On kala azar, malaria and malarial cachexia - Number 19
Disease focus: Malaria
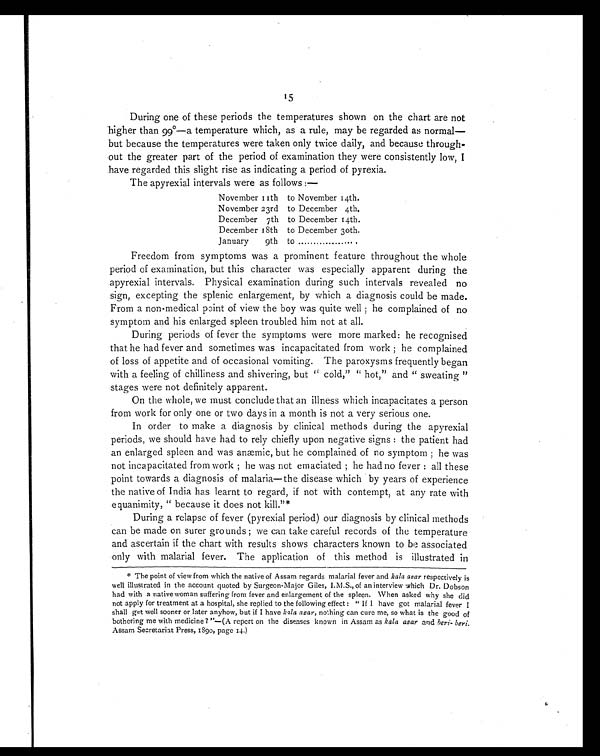
15
During one of these periods the temperatures shown on the chart are not
higher than 99°—a temperature which, as a rule, may be regarded as normal—
but because the temperatures were taken only twice daily, and because through-
out the greater part of the period of examination they were consistently low, I
have regarded this slight rise as indicating a period of pyrexia.
The apyrexial intervals were as follows :—
November 11th to November 14th.
November 23rd to December 4th.
December 7th to December 14th.
December 18th to December 30th.
January 9th to
. . . . . . . . . . . . . . . . . . .
Freedom from symptoms was a prominent feature throughout the whole
period of examination, but this character was especially apparent during the
apyrexial intervals. Physical examination during such intervals revealed no
sign, excepting the splenic enlargement, by which a diagnosis could be made.
From a non-medical point of view the boy was quite well ; he complained of no
symptom and his enlarged spleen troubled him not at all.
During periods of fever the symptoms were more marked: he recognised
that he had fever and sometimes was incapacitated from work ; he complained
of loss of appetite and of occasional vomiting. The paroxysms frequently began
with a feeling of chilliness and shivering, but " cold," " hot," and " sweating "
stages were not definitely apparent.
On the whole, we must conclude that an illness which incapacitates a person
from work for only one or two days in a month is not a very serious one.
In order to make a diagnosis by clinical methods during the apyrexial
periods, we should have had to rely chiefly upon negative signs : the patient had
an enlarged spleen and was anæmic, but he complained of no symptom ; he was
not incapacitated from work ; he was not emaciated ; he had no fever : all these
point towards a diagnosis of malaria—the disease which by years of experience
the native of India has learnt to regard, if not with contempt, at any rate with
equanimity, " because it does not kill."*
During a relapse of fever (pyrexial period) our diagnosis by clinical methods
can be made on surer grounds ; we can take careful records of the temperature
and ascertain if the chart with results shows characters known to be associated
only with malarial fever. The application of this method is illustrated in
* The point of view from which the native of Assam regards malarial fever and kala azar respectively is
well illustrated in the account quoted by Surgeon-Major Giles, I.M.S., of an interview which Dr. Dobson
had with a native woman suffering from fever and enlargement of the spleen. When asked why she did
not apply for treatment at a hospital, she replied to the following effect : " If I have got malarial fever I
shall get well sooner or later anyhow, but if I have kala azar, nothing can cure me, so what is the good of
bothering me with medicine ? "—(A report on the diseases known in Assam as kala azar and beri- beri.
Assam Secretariat Press, 1890, page 14.)